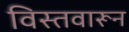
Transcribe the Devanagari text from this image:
विस्तवारून